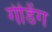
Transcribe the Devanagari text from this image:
गेडिंग